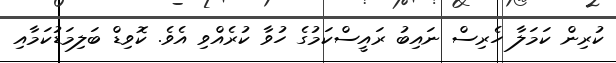
ކުރިން ކަމަލާ ހެރިސް ނައިބު ރައީސްކަމުގެ ހުވާ ކުރެއްވި އެވެ. ކޮވިޑް ބަލިމަޑުކަމާއި